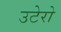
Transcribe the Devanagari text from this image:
उटेरो